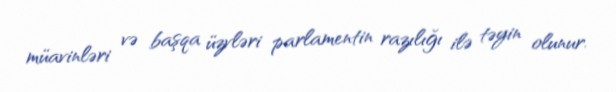
müavinləri və başqa üzvləri parlamentin razılığı ilə təyin olunur.